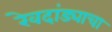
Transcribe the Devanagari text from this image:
रेवदांड्याचा